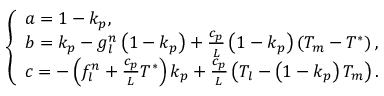
\left\{ \begin{array} { l } { a = 1 - k _ { p } , } \\ { b = k _ { p } - g _ { l } ^ { n } \left( 1 - k _ { p } \right) + \frac { c _ { p } } { L } \left( 1 - k _ { p } \right) \left( T _ { m } - T ^ { * } \right) , } \\ { c = - \left( f _ { l } ^ { n } + \frac { c _ { p } } { L } T ^ { * } \right) k _ { p } + \frac { c _ { p } } { L } \left( T _ { l } - \left( 1 - k _ { p } \right) T _ { m } \right) . } \end{array} \right.